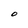
Character: O